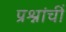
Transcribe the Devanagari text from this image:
प्रश्नांचीं